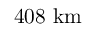
\mathrm { 4 0 8 ~ k m }